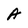
Character: A